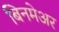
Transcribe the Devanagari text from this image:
बिनमेअर